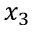
x _ { 3 }